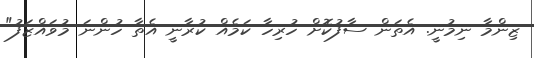
ޒިންމާ ނިމުނީ. އެތަން ސާފުކޮށް ހުރިހާ ކަމެއް ކުރާނީ އެތާ ހުންނަ މުވައްޒަފު"